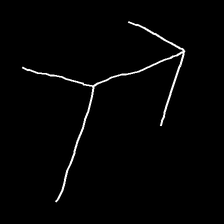
Glyph: gather